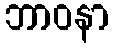
ဘာဝနာ